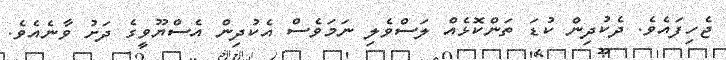
ޖެހިފައެވެ. ދެކުދިން ކުޑަ ތަންކޮޅެއް ލަސްވެލި ނަމަވެސް އެކުދިން އެސްޔޫވީގެ ދަށު ވާނެއެވެ.